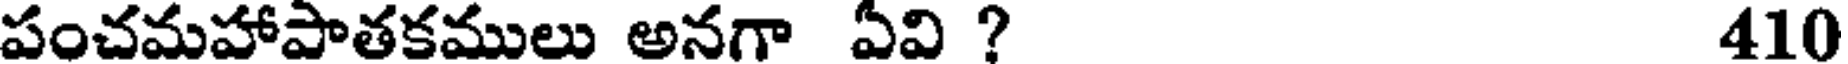
పంచమహాపాతకములు అనగా ఏవి ? 410